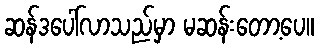
ဆန်ဒပေါ်လာသည်မှာ မဆန်းတော့ပေ။